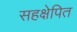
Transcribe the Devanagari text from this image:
सहक्षेपित